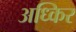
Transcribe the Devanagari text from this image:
अध्किर